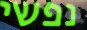
נפשי